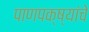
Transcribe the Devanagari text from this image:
पाणपक्ष्यांचे